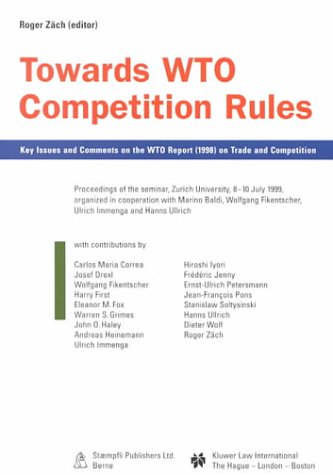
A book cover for Towards Wto Competition Rules, Key Issues and Comments on the Wto Report (1998) on Trade and Competition; Roger ZÃ¤ch; Law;